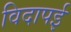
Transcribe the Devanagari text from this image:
विदापई